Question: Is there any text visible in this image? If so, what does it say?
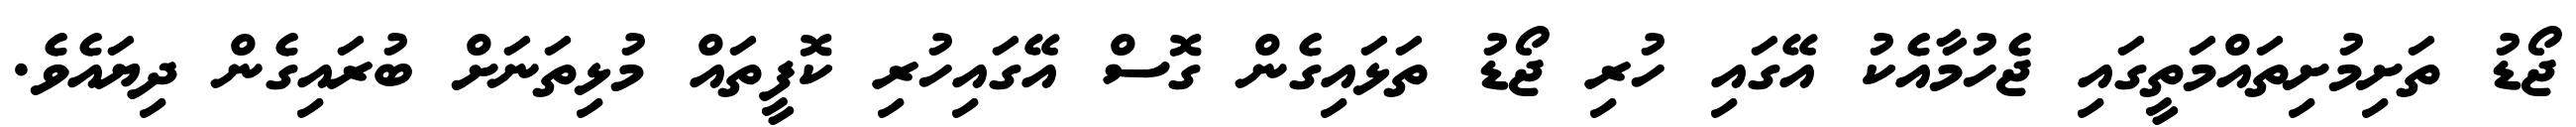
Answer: ޖޯޑު ތަށިމުށިތައްމަތީގައި ޖެހުމާއެކު އޭގައި ހުރި ޖޯޑު ތަޅައިގެން ގޮސް އޭގައިހުރި ކޮފީތައް މުޅިތަނަށް ބުރައިގެން ދިޔައެވެ.